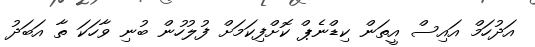
އަދުހަމް އައިސް އީތަން ކިޑްނެޕް ކޮށްފިކަމަށް ފުލުހުން ބުނި ވާހަކަ ތާ އަބަދު